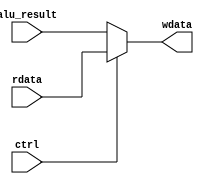
`timescale 1ns / 1ps

module mux4(
    input ctrl,
    
    input [31:0] rdata,
    input [31:0] alu_result,
    output [31:0] wdata
    );
    
    assign wdata = (ctrl) ? rdata : alu_result;
    
endmodule